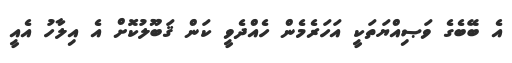
އެ ބޭބެގެ ވަޞިއްޔަތަކީ އަހަރެމެން ހެއްދެވީ ކަން ޤަބޫލުކޮށް އެ އިލާހު އެއީ